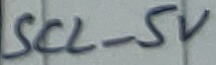
Text: SCL_5V